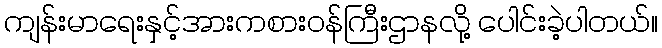
ကျန်းမာရေးနှင့်အားကစားဝန်ကြီးဌာနလို့ ပေါင်းခဲ့ပါတယ်။